Annual report on the working of the lock hospitals in the North-Western Provinces and Oudh
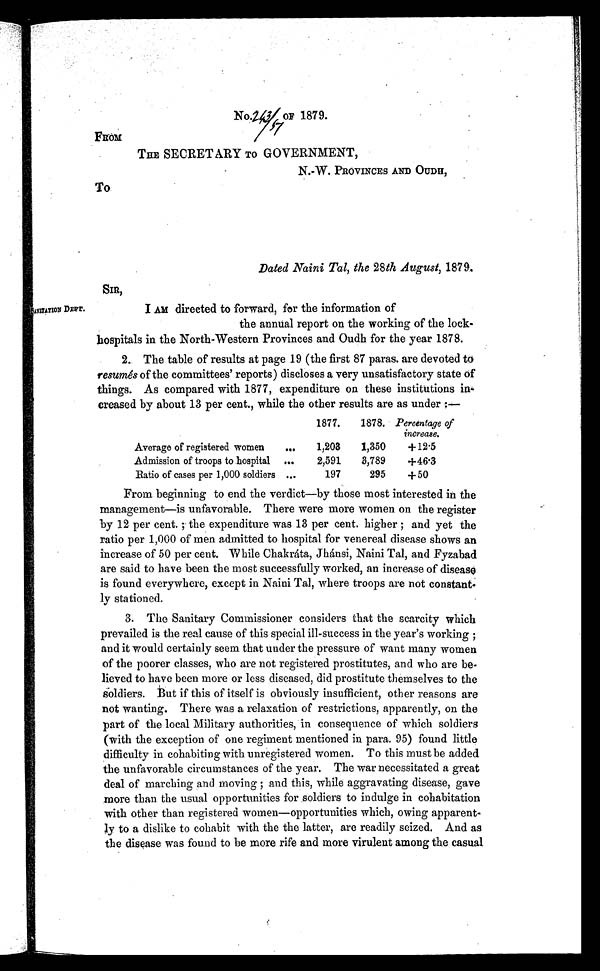
No.243/51 OF 1879.
From
THE SECRETARY TO GOVERNMENT,
N.-W. PROVINCES AND OUDH,
To.
Dated Naini Tal, the 28th August, 1879.
.I
AM directed to forward, for the information of
the annual report on the working of the lock-
hospitals in the North-Western Provinces and Oudh for the year 1878.
2.. The table of results at page 19 (the first 87 paras. are devoted to
resumés of the committees' reports) discloses a very unsatisfactory state of
things. As compared with 1877, expenditure on these institutions in-
creased by about 13 per cent., while the other results are as under ..-
Average of registered women
...
1877.
1878. Percentage of
increase.
1,203
1,350
+12.5
Admission of troops to hospital ...
2,591
3,789
+46.3
Ratio of cases per 1,000 soldiers ...
197
295
+50
From beginning to end the verdict—by those most interested in the
management—is unfavorable. There were more women on the register
by 12 per cent.; the expenditure was 13 per cent. higher ; and yet the
ratio per 1,000 of men admitted to hospital for venereal disease shows an
increase of 50 per cent. While Chakráta, Jhánsi, Naini Tal, and Fyzabad
are said to have been the most successfully worked, an increase of disease
is found everywhere, except in Naini Tal, where troops are not constant
- l y s t a t i o n e d .
3. The Sanitary Commissioner considers that the scarcity which
prevailed is the real cause of this special ill-success in the year's working ;
and it would certainly seem that under the pressure of want many women
of the poorer classes, who are not registered prostitutes, and who are be-
lieved to have been more or less diseased, did prostitute themselves to the
soldiers. But if this of itself is obviously insufficient, other reasons are
not wanting. There was a relaxation of restrictions, apparently, on the
part of the local Military authorities, in consequence of which soldiers
(with the exception of one regiment mentioned in para. 95) found little
difficulty in cohabiting with unregistered women. To this must be added
the unfavorable circumstances of the year. The war necessitated a great
deal of marching and moving ; and this, while aggravating disease, gave
more than the usual opportunities for soldiers to indulge in cohabitation
with other than registered women—opportunities which, owing apparent-
ly to a dislike to cohabit with the the latter, are readily seized. And as
the disease was found to be more rife and more virulent among the casual